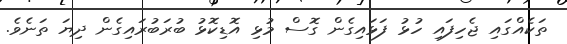
ތަކެއްގައި ޖެހިފައި ހުޅު ފަޅައިގެން ގޮސް މުޅި އޮޑިކޮޅު ބުރަބުރައިގެން ދިޔަ ތަނެވެ.